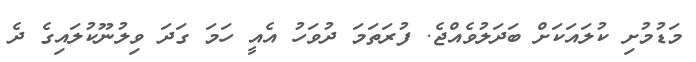
މަޑުމުށި ކުލައަކަށް ބަދަލުވެއްޖެ. ފުރަތަމަ ދުވަހު އެއީ ހަމަ ގަދަ ވިލުނޫކުލައިގެ ދެ